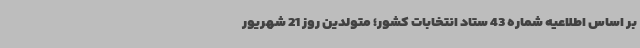
بر اساس اطلاعیه شماره 43 ستاد انتخابات کشور؛ متولدین روز 21 شهریور